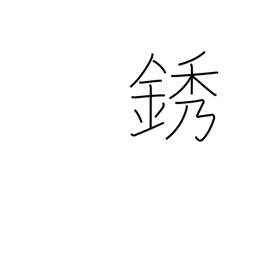
Meaning: rust